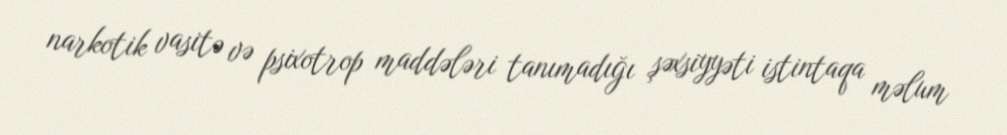
narkotik vasitə və psixotrop maddələri tanımadığı şəxsiyyəti istintaqa məlum